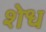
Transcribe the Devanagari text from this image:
शेध